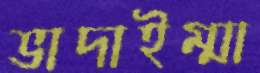
ভাদাইম্মা